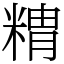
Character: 䊘